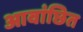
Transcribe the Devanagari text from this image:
आवांछित